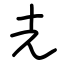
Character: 圥